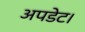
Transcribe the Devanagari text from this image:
अपडेट।